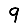
Digit: 9